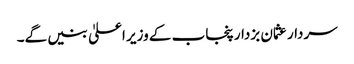
سردار عثمان بزدار پنجاب کے وزیر اعلیٰ بنیں گے۔